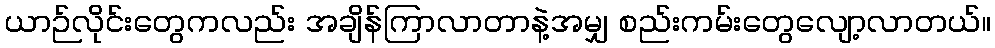
ယာဉ်လိုင်းတွေကလည်း အချိန်ကြာလာတာနဲ့အမျှ စည်းကမ်းတွေလျော့လာတယ်။